Vaccination North-Western Provinces 1866-1877 - 1866-1877
Year: 1866
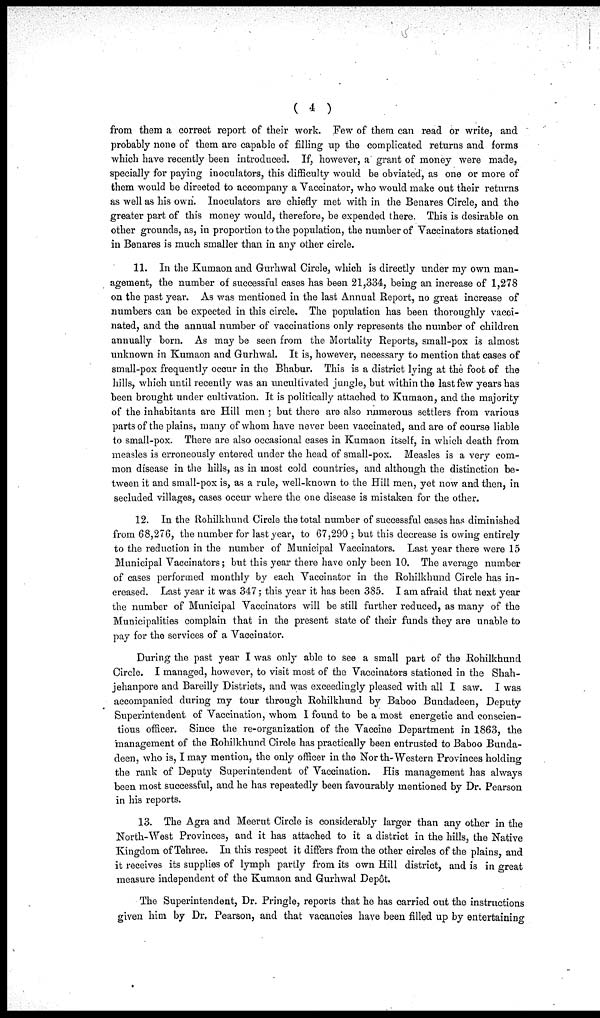
( 4 )
from them a correct report of their work. Few of them can read or write, and
probably none of them are capable of filling up the complicated returns and forms
which have recently been introduced. If, however, a grant of money were made,
specially for paying inoculators, this difficulty would be obviated, as one or more of
them would be directed to accompany a Vaccinator, who would make out their returns
as well as his own. Inoculators are chiefly met with in the Benares Circle, and the
greater part of this money would, therefore, be expended there. This is desirable on
other grounds, as, in proportion to the population, the number of Vaccinators stationed
in Benares is much smaller than in any other circle.
11. In the Kumaon and Gurhwal Circle, which is directly under my own man-
agement, the number of successful cases has been 21,334, being an increase of 1,278
on the past year. As was mentioned in the last Annual Report, no great increase of
numbers can be expected in this circle. The population has been thoroughly vacci-
nated, and the annual number of vaccinations only represents the number of children
annually born. As may be seen from the Mortality Reports, small-pox is almost
unknown in Kumaon and Gurhwal. It is, however, necessary to mention that cases of
small-pox frequently occur in the Bhabur. This is a district lying at the foot of the
hills, which until recently was an uncultivated jungle, but within the last few years has
been brought under cultivation. It is politically attached to Kumaon, and the majority
of the inhabitants are Hill men ; but there are also numerous settlers from various
parts of the plains, many of whom have never been vaccinated, and are of course liable
to small-pox. There are also occasional cases in Kumaon itself, in which death from
measles is erroneously entered under the head of small-pox. Measles is a very com-
mon disease in the hills, as in most cold countries, and although the distinction be-
tween it and small-pox is, as a rule, well-known to the Hill men, yet now and then, in
secluded villages, cases occur where the one disease is mistaken for the other.
12. In the Rohilkhund Circle the total number of successful cases has diminished
from 68,276, the number for last year, to 67,290 ; but this decrease is owing entirely
to the reduction in the number of Municipal Vaccinators. Last year there were 15
Municipal Vaccinators ; but this year there have only been 10. The average number
of cases performed monthly by each Vaccinator in the Rohilkhund Circle has in-
creased. Last year it was 347; this year it has been 385. I am afraid that next year
the number of Municipal Vaccinators will be still further reduced, as many of the
Municipalities complain that in the present state of their funds they are unable to
pay for the services of a Vaccinator.
During the past year I was only able to see a small part of the Rohilkhund
Circle. I managed, however, to visit most of the Vaccinators stationed in the Shah-
jehanpore and Bareilly Districts, and was exceedingly pleased with all I saw. I was
accompanied during my tour through Rohilkhund by Baboo Bundadeen, Deputy
Superintendent of Vaccination, whom I found to be a most energetic and conscien-
tious officer. Since the re-organization of the Vaccine Department in 1863, the
management of the Rohilkhund Circle has practically been entrusted to Baboo Bunda-
deen, who is, I may mention, the only officer in the Nor th-Western Provinces holding
the rank of Deputy Superintendent of Vaccination. His management has always
been most successful, and he has repeatedly been favourably mentioned by Dr. Pearson
in his reports.
13. The Agra and Meerut Circle is considerably larger than any other in the
North-West Provinces, and it has attached to it a district in the hills, the Native
Kingdom of Tehree. In this respect it differs from the other circles of the plains, and
it receives its supplies of lymph partly from its own Hill district, and is in great
measure independent of the Kumaon and Gurhwal Depôt.
The Superintendent, Dr. Pringle, reports that he has carried out the instructions
given him by Dr. Pearson, and that vacancies have been filled up by entertaining